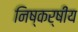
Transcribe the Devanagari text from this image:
निष्कर्षीय